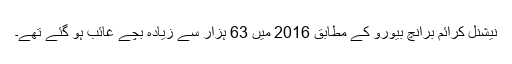
نیشنل کرائم برانچ بیورو کے مطابق 2016 میں 63 ہزار سے زیادہ بچے غائب ہو گئے تھے۔